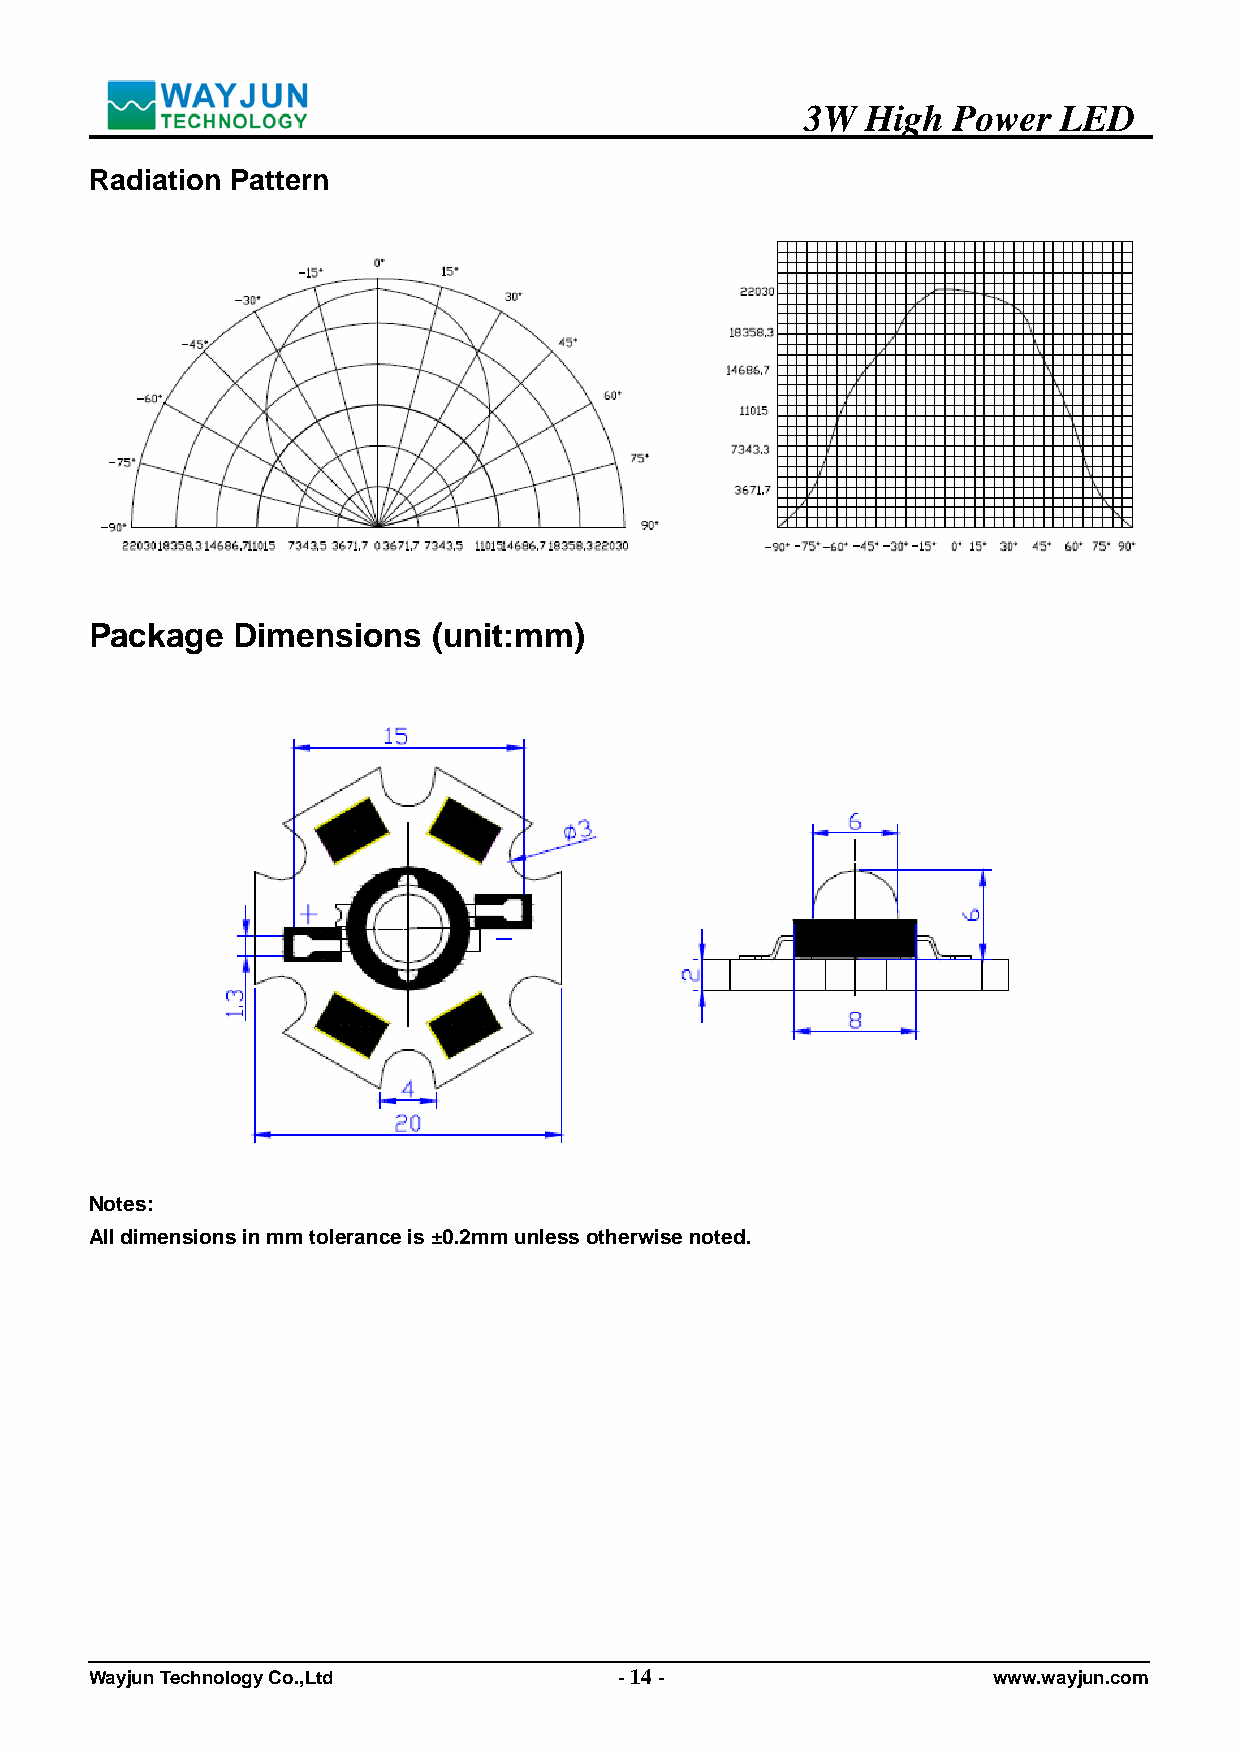
3W  High  Power  LED
 Radiation Pattern
 Package  Dimensions    (unit:mm)
 Notes:
 All dimensions in mm tolerance is ±0.2mm unless otherwise noted.
 Wayjun Technology Co.,Ltd          - 14 -                   www.wayjun.com